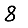
Digit: 8